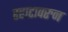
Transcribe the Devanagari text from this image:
रहाटावरुन